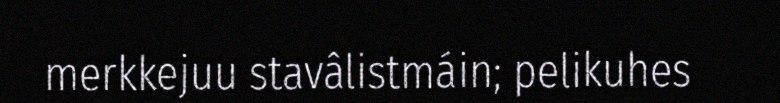
merkkejuu stavâlistmáin; pelikuhes